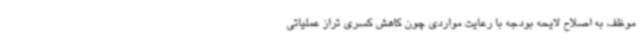
موظف به اصلاح لایحه بودجه با رعایت مواردی چون کاهش کسری تراز عملیاتی